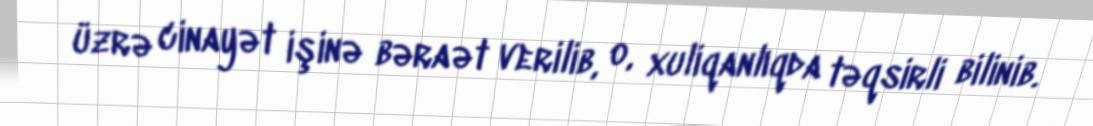
üzrə cinayət işinə bəraət verilib, o, xuliqanlıqda təqsirli bilinib.